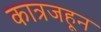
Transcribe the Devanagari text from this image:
कात्रजहून